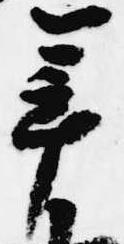
年